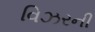
વિઝરની